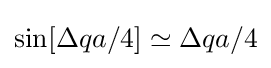
\sin[\Delta qa/4]\simeq \Delta qa/4